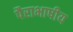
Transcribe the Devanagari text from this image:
पैराभाषीय